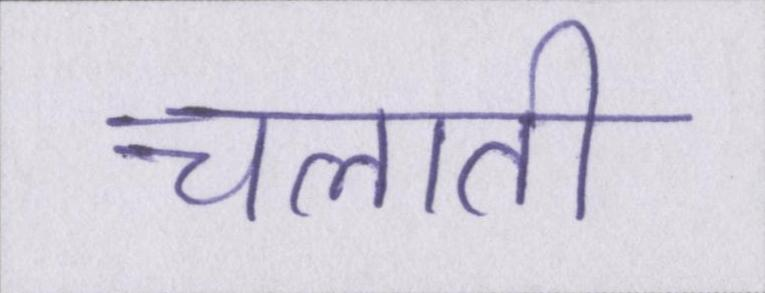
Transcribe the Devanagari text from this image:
चलाती